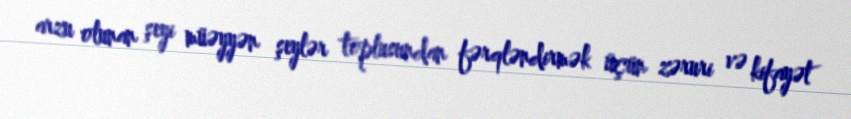
arzu olunan şeyi müəyyən şeylər toplusundan fərqləndirmək üçün zəruri və kifayət